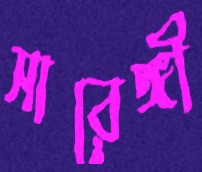
সারেঙ্গী